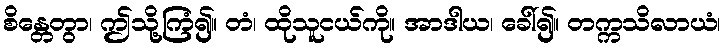
စိန္တေတွာ၊ ဤသို့ကြံ၍။ တံ၊ ထိုသူငယ်ကို။ အာဒါယ၊ ခေါ်၍။ တက္ကသိလာယံ၊